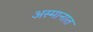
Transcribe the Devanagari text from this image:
अस्मानात